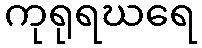
ကုရုရဃရေ